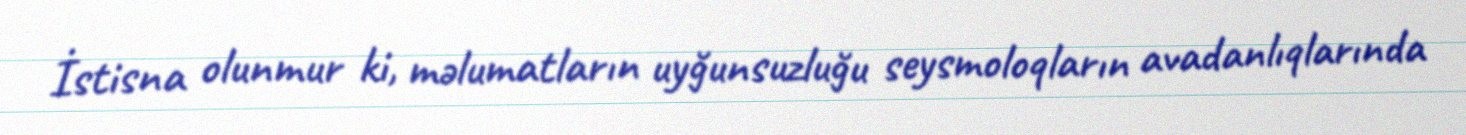
İstisna olunmur ki, məlumatların uyğunsuzluğu seysmoloqların avadanlıqlarında